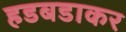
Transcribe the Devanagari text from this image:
हडबडाकर